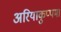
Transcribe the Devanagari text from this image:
अरियाकुप्पम।